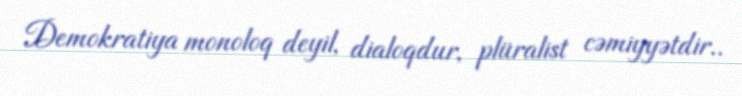
Demokratiya monoloq deyil, dialoqdur, plüralist cəmiyyətdir..